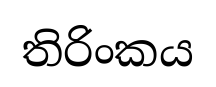
තිරිංකය